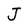
Character: J